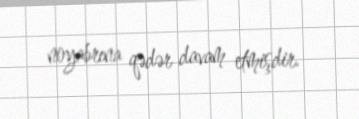
noyabrına qədər davam etmişdir.